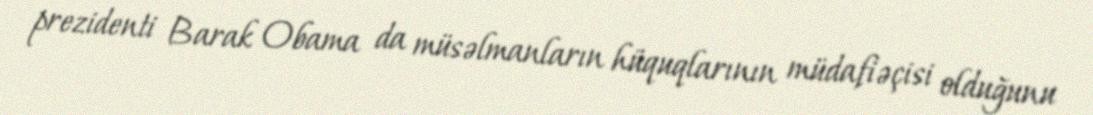
prezidenti Barak Obama da müsəlmanların hüquqlarının müdafiəçisi olduğunu